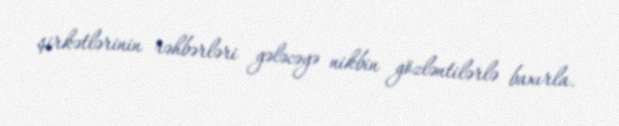
şirkətlərinin rəhbərləri gələcəyə nikbin gözləntilərlə baxırla.